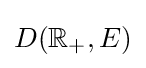
D(\mathbb {R} _{+},E)